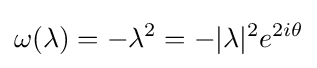
\omega (\lambda )=-\lambda ^{2}=-|\lambda |^{2}e^{2i\theta }